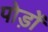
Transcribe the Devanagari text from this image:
पोड़ों